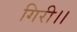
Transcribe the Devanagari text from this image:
गिरी।।